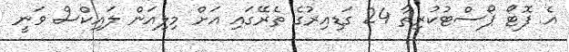
އެ ފޮޓޯ ޕޯސްޓުކުރިތާ 24 ގަޑިއިރުގެ ތެރޭގައި އަށް މިލިއަން ލައިކްސް ވަނީ